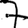
Digit: 7